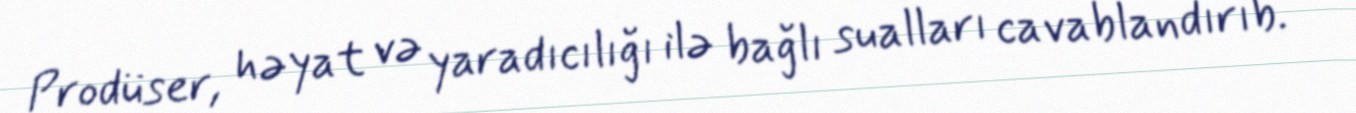
Prodüser, həyat və yaradıcılığı ilə bağlı sualları cavablandırıb.